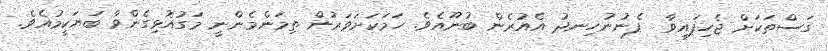
ގަސްތަކަށް ޖެހިފައިވާ  ފެނުނުހިނދު އެއުރެން ބުނޫއެވެ. ހަމަކަށަވަރުން ތިމަންމެންނީ މަގުއޮޅިގެންވާ ބަޔަކީމުއެވެ.